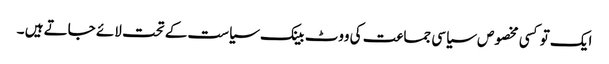
ایک تو کسی مخصوص سیاسی جماعت کی ووٹ بینک سیاست کے تحت لائے جاتے ہیں ۔